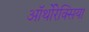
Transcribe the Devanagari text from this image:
ऑर्थोरेक्सिया